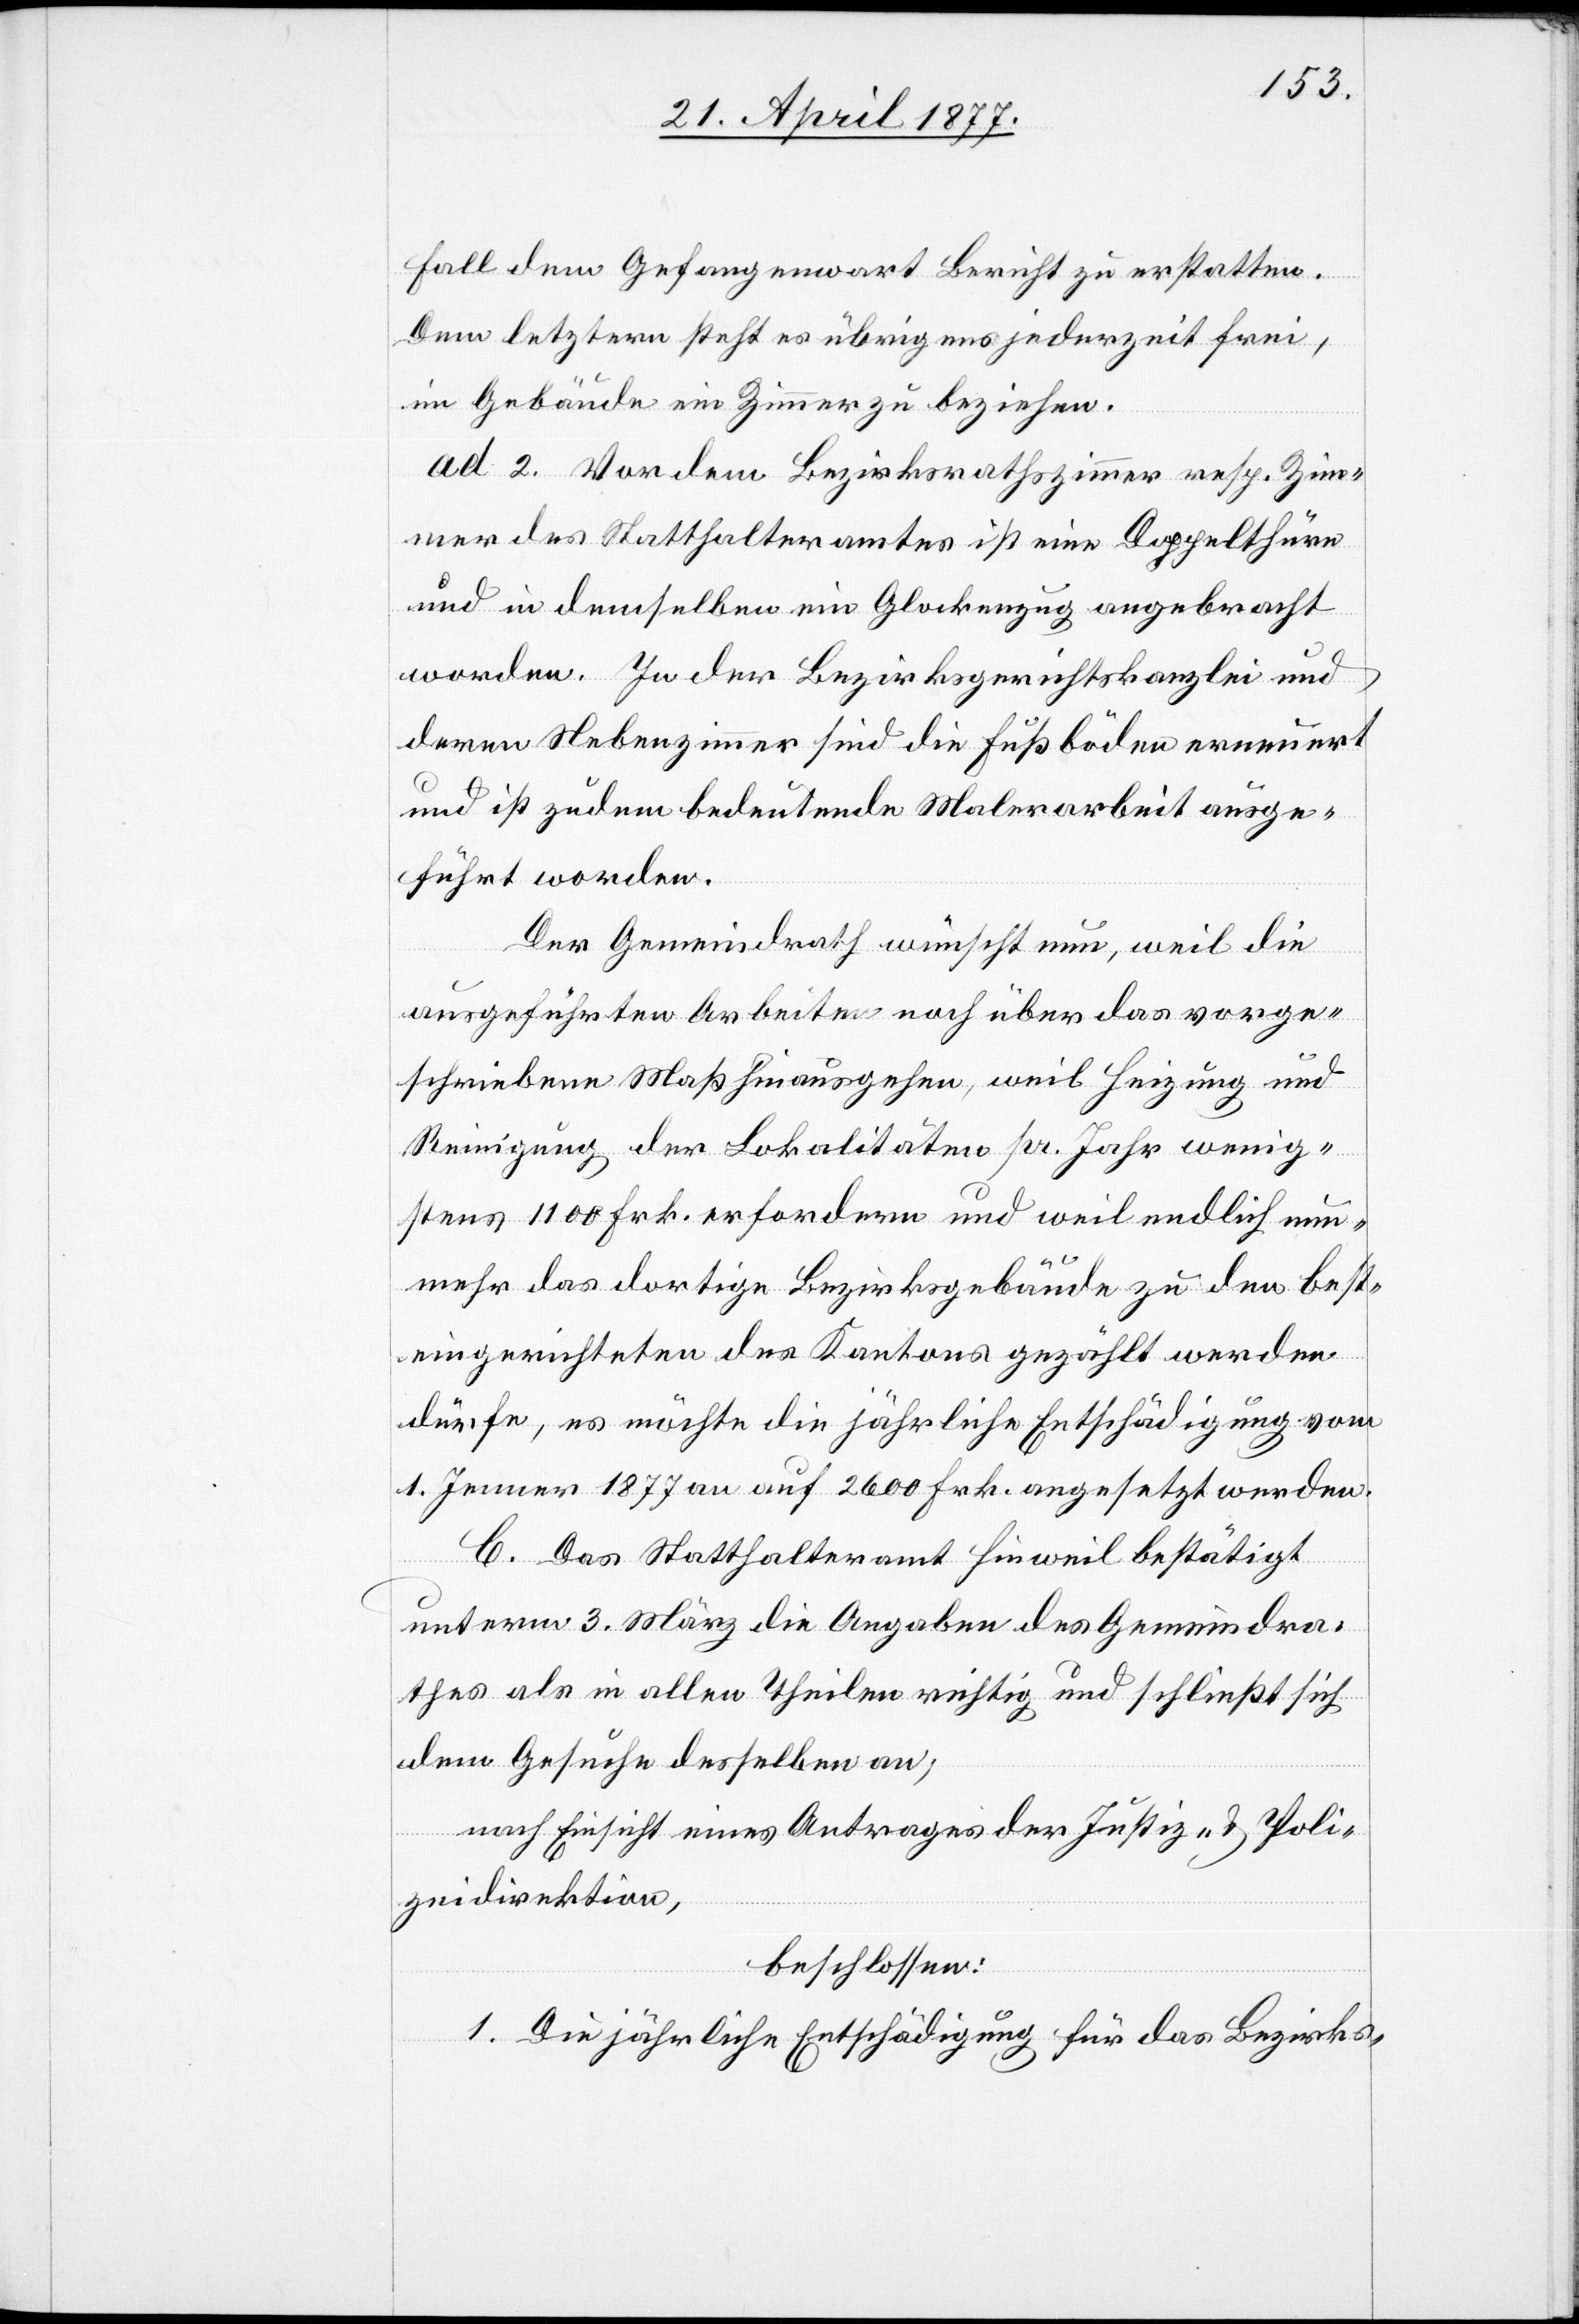
Fall dem Gefangenwart Bericht zu erstatten.
Dem letztern steht es übrigens jederzeit frei,
im Gebäude ein Zimmer zu beziehen.
ad 2. Vor dem Bezirksrathszimmer resp. Zim¬
mer des Statthalteramtes ist eine Doppelthüre
und in demselben ein Glockenzug angebracht
worden. In der Bezirksgerichtskanzlei und
deren Nebenzimmer sind die Fußböden erneuert
und ist zudem bedeutende Malerarbeit ausge¬
führt worden.
Der Gemeindrath wünscht nun, weil die
ausgeführten Arbeiten noch über das vorge¬
schriebene Maß hinausgehen, weil Heizung und
Reinigung der Lokalitäten pr. Jahr wenig¬
stens 1100 Frk. erfordern und weil endlich nun¬
mehr das dortige Bezirksgebäude zu den best¬
eingerichteten des Kantons gezählt werden
dürfe, es möchte die jährliche Entschädigung vom
1. Jenner 1877 an auf 2600 Frk. angesetzt werden.
C. Das Statthalteramt Hinweil bestätigt
unterm 3. März die Angaben des Gemeindra¬
thes als in allen Theilen richtig und schließt sich
dem Gesuche desselben an;
nach Einsicht eines Antrages der Justiz- & Poli¬
zeidirektion,
beschlossen:
1. Die jährliche Entschädigung für das Bezirks-